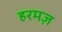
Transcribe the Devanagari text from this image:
हरमज़